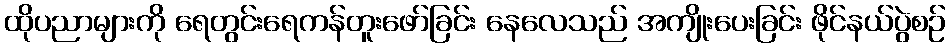
ထိုပညာများကို ရေတွင်းရေကန်တူးဖော်ခြင်း နေလေသည် အကျိုးပေးခြင်း ဖိုင်နယ်ပွဲစဉ်